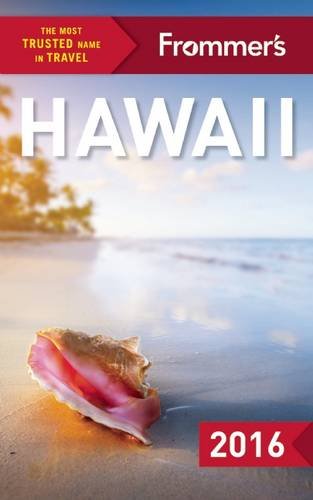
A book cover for Frommer's Hawaii 2016 (Color Complete Guide); Martha Cheng; Travel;